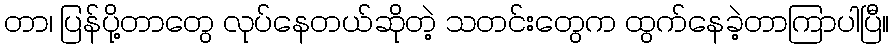
တာ၊ ပြန်ပို့တာတွေ လုပ်နေတယ်ဆိုတဲ့ သတင်းတွေက ထွက်နေခဲ့တာကြာပါပြီ။